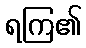
ရကြ၏